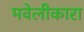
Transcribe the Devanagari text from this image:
मवेलीकारा